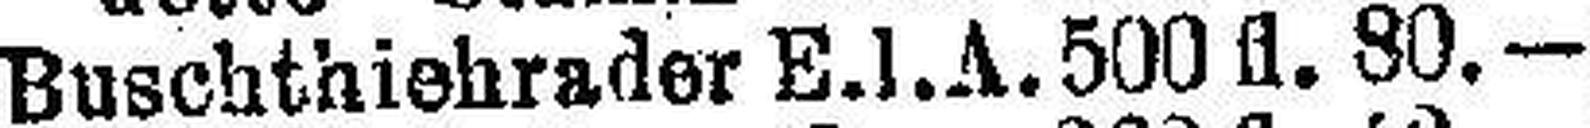
Buschthiebrader E. l .A. 500 fl. 80. —